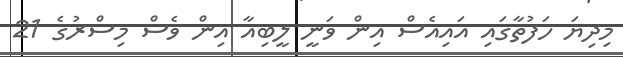
މިދިޔަ ހަފުތާގައި އައިއެސް އިން ވަނީ ލީބިއާ އިން ވެސް މިސްރުގެ 21